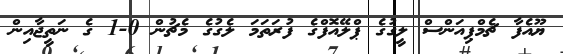
ޔޫއެފާ ޗެމްޕިއަންސް ލީގުގެ ޕްލޭއޮފްގެ ފުރަތަމަ ލެގުގެ މެޗުން 0-1 ގެ ނަތީޖާއިން